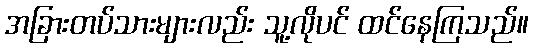
အခြားတပ်သားများလည်း သူ့လိုပင် ထင်နေကြသည်။